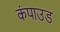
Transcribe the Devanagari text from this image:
कंपाउड